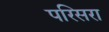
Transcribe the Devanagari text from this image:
परिसरा